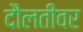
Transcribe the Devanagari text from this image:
दौलतीवर